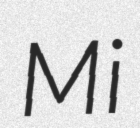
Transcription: Mi